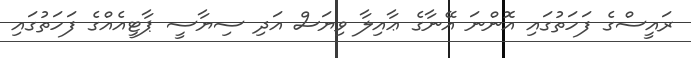
ރައީސްގެ ފަހަތުގައި އޮންނަ އޭނާގެ ޢާއިލާ ވިޔަސް އަދި ސިޔާސީ ޕާޓީއެއްގެ ފަހަތުގައި